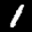
Label: 1